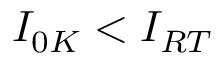
I _ { 0 K } < I _ { R T }